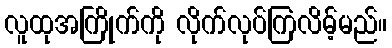
လူထုအကြိုက်ကို လိုက်လုပ်ကြလိမ့်မည်။